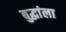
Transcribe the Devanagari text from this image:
बुद्धांला